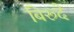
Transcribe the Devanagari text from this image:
बिरूदे